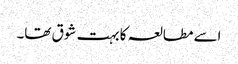
اسے مطالعہ کا بہت شوق تھا۔